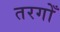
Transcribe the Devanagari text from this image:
तरगोँ